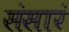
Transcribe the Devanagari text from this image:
संसारं